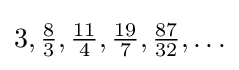
3,{\tfrac {8}{3}},{\tfrac {11}{4}},{\tfrac {19}{7}},{\tfrac {87}{32}},\ldots